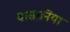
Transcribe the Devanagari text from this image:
वासानिया